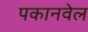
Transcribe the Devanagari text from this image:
पकानवेल